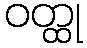
ဝတ္ထု